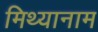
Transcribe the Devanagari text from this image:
मिथ्यानाम